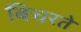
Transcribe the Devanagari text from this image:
बिचरते